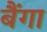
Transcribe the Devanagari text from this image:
बैंगा